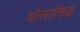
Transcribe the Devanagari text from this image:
धौलासिद्ध